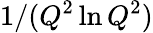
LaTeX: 1/(Q^{2}\ln Q^{2})